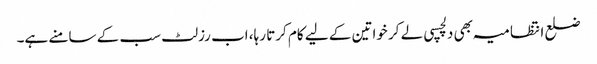
ضلع انتظامیہ بھی دلچسپی لے کر خواتین کے لیے کام کرتا رہا، اب رزلٹ سب کے سامنے ہے۔